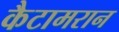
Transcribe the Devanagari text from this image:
कैटामरान